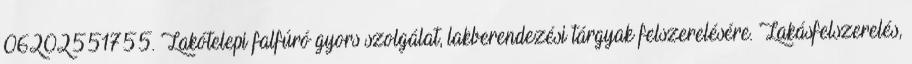
06202551755. Lakótelepi falfúró gyors szolgálat, lakberendezési tárgyak felszerelésére. Lakásfelszerelés,